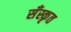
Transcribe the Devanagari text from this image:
सँस्कृत